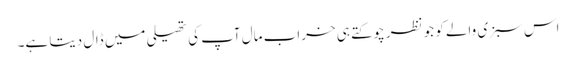
اس سبزی والے کو جو نظر چوکتے ہی خراب مال آپ کی تھیلی میں ڈال دیتا ہے۔